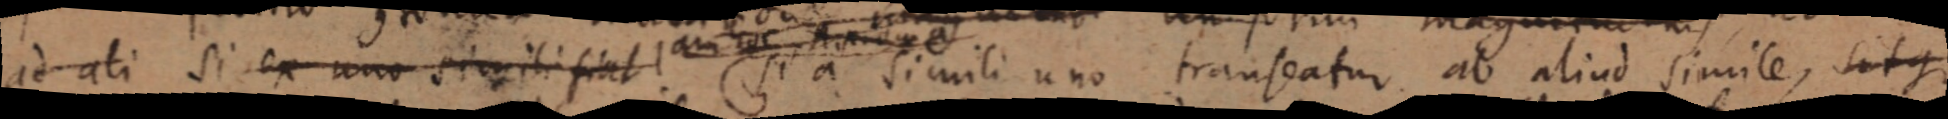
ud ali si ex nur sirrilifiat e a simili uno trauseatur ab aliud simile, litgs